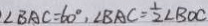
\angle B A C = 6 0 ^ { \circ } , \angle B A C = \frac { 1 } { 2 } \angle B O C